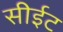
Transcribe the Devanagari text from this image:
सीईट